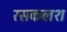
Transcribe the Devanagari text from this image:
रसकलश